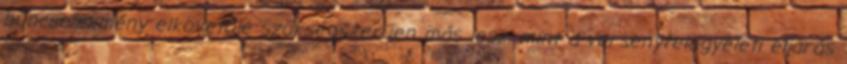
bűncselekmény elkövetője szükségszerűen más lesz, mint a versenyfelügyeleti eljárás